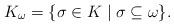
LaTeX: \begin{align*} K_\omega=\{\sigma\in K\mid \sigma\subseteq\omega\}.\end{align*}